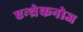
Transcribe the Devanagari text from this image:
एन्थ्रेकनोज